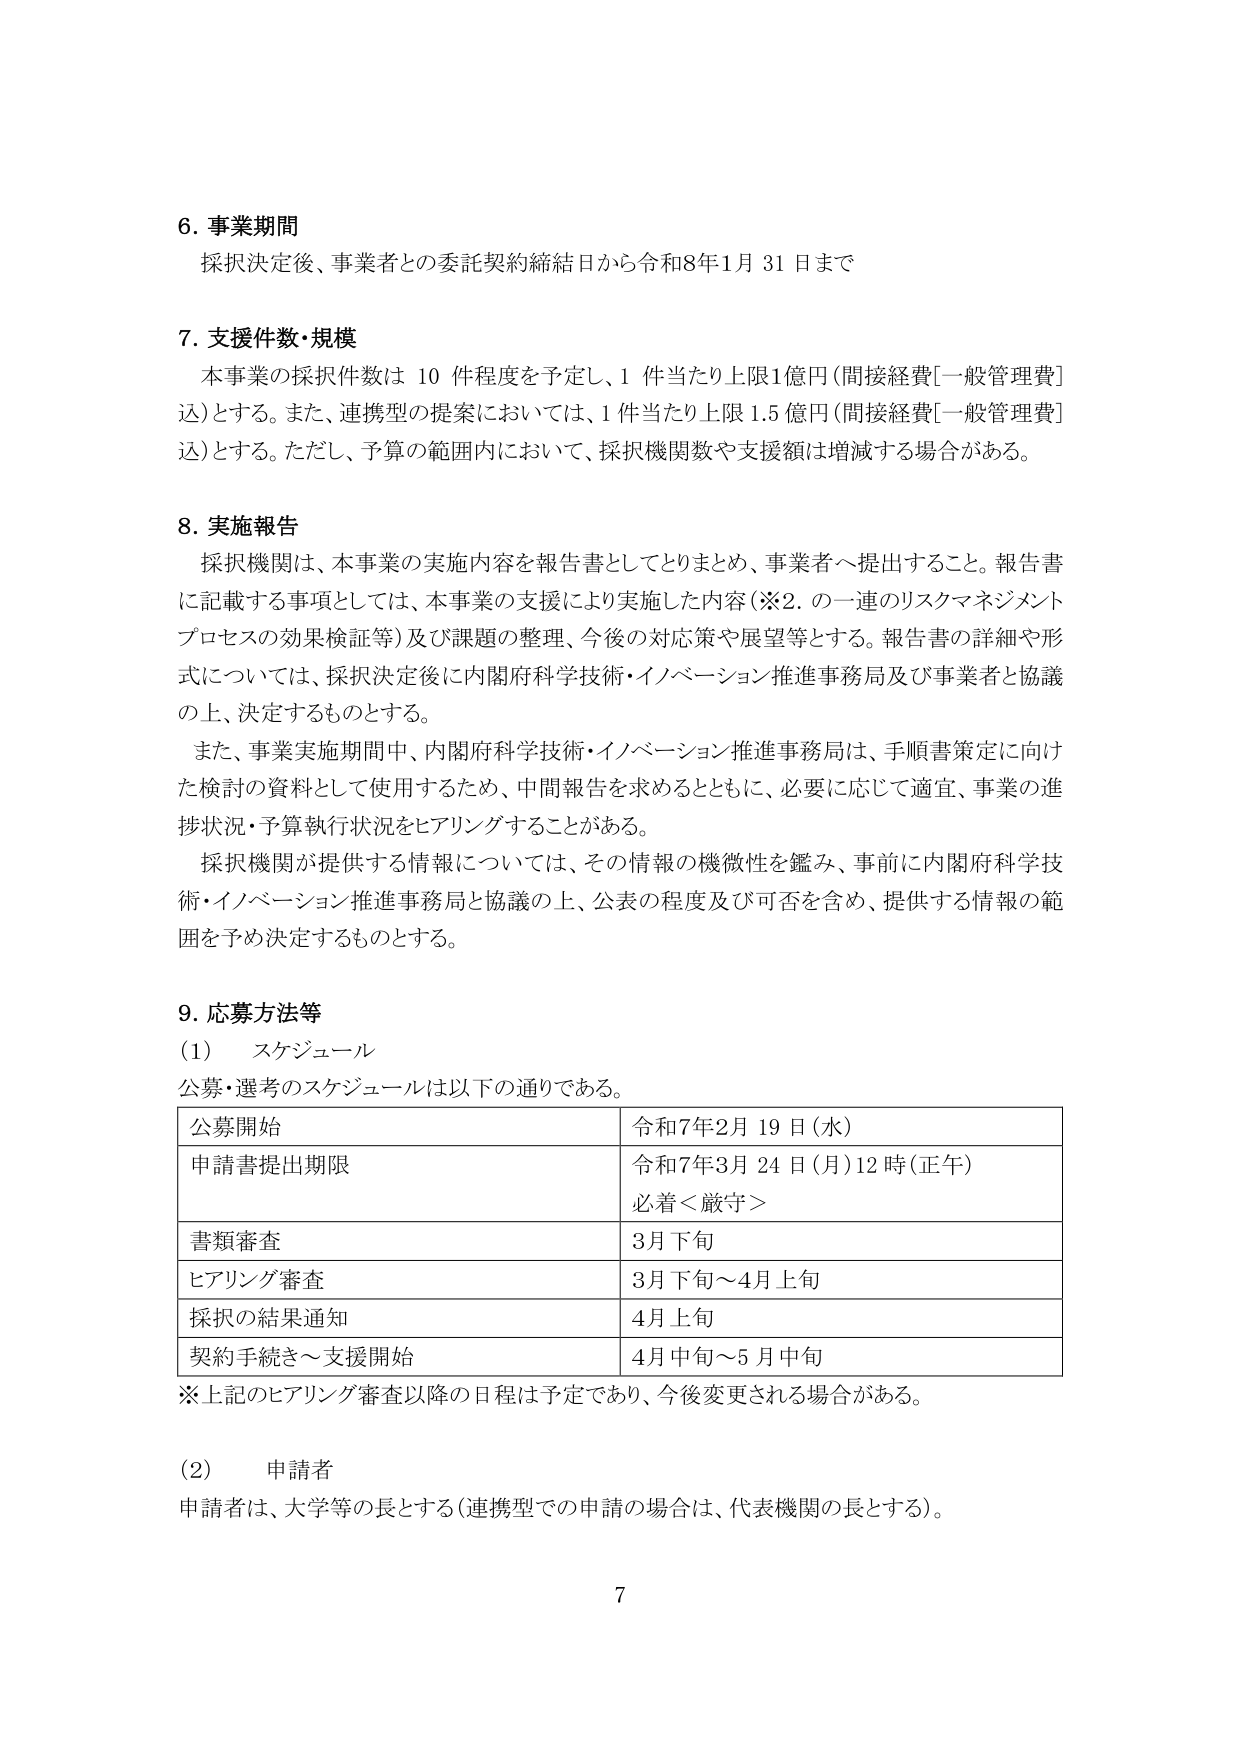
6. 事業期間
採択決定後、事業者との委託契約締結日から令和8年1月31日まで

7. 支援件数・規模
本事業の採択件数は10件程度を予定し、1件当たり上限1億円（間接経費[一般管理費]込）とする。また、連携型の提案においては、1件当たり上限1.5億円（間接経費[一般管理費]込）とする。ただし、予算の範囲内において、採択機関数や支援額は増減する場合がある。

8. 実施報告
採択機関は、本事業の実施内容を報告書としてとりまとめ、事業者へ提出すること。報告書に記載する事項としては、本事業の支援により実施した内容（※2. の一連のリスクマネジメントプロセスの効果検証等）及び課題の整理、今後の対応策や展望等とする。報告書の詳細や形式については、採択決定後に内閣府科学技術・イノベーション推進事務局及び事業者と協議の上、決定するものとする。
また、事業実施期間中、内閣府科学技術・イノベーション推進事務局は、手順書策定に向けた検討の資料として使用するため、中間報告を求めるとともに、必要に応じて適宜、事業の進捗状況・予算執行状況をヒアリングすることがある。
採択機関が提供する情報については、その情報の機微性を鑑み、事前に内閣府科学技術・イノベーション推進事務局と協議の上、公表の程度及び可否を含め、提供する情報の範囲を予め決定するものとする。

9. 応募方法等
(1) スケジュール
公募・選考のスケジュールは以下の通りである。

| 公募開始 | 令和7年2月19日（水） |
| 申請書提出期限 | 令和7年3月24日（月）12時（正午）<br>必着＜厳守＞ |
| 書類審査 | 3月下旬 |
| ヒアリング審査 | 3月下旬～4月上旬 |
| 採択の結果通知 | 4月上旬 |
| 契約手続き～支援開始 | 4月中旬～5月中旬 |

※上記のヒアリング審査以降の日程は予定であり、今後変更される場合がある。

(2) 申請者
申請者は、大学等の長とする（連携型での申請の場合は、代表機関の長とする）。

7